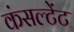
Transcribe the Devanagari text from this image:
कंसल्‍टेंट